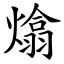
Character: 熻